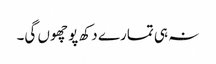
نہ ہی تمارے دکھ پو چھوں گی۔